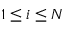
1 \leq i \leq N